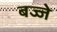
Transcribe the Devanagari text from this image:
बज्जे